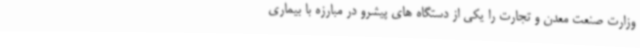
وزارت صنعت معدن و تجارت را یکی از دستگاه های پیشرو در مبارزه با بیماری